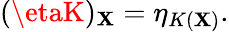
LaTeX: (\etaK)_{\mathbf{X}}=\eta_{K(\mathbf{X})}.